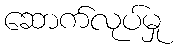
ဆောက်လုပ်မှု